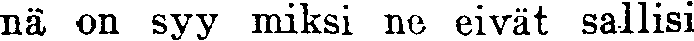
nä on syy miksi ne eivät sallisi